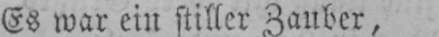
Es war ein stiller Zauber,